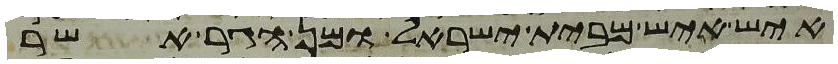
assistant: איש איש מבית ישראל ומן הגר אשר